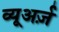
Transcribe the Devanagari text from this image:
व्यूअर्ज़